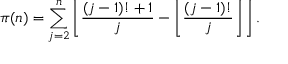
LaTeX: \pi ( n ) = \sum _ { j = 2 } ^ { n } \left\lfloor { \frac { ( j - 1 ) ! + 1 } { j } } - \left\lfloor { \frac { ( j - 1 ) ! } { j } } \right\rfloor \right\rfloor .